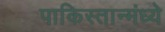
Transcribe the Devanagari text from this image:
पाकिस्तान्मंध्ये